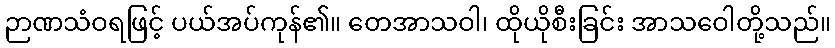
ဉာဏသံဝရဖြင့် ပယ်အပ်ကုန်၏။ တေအာသဝါ၊ ထိုယိုစီးခြင်း အာသဝေါတို့သည်။